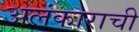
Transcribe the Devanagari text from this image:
अलंकाराची